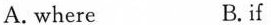
A. where B.f